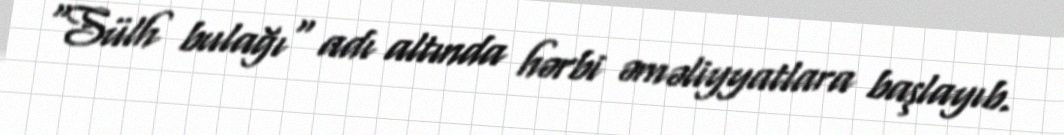
"Sülh bulağı" adı altında hərbi əməliyyatlara başlayıb.